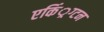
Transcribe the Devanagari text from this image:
एकिं्रग्टन